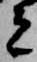
者